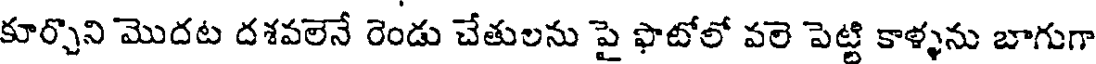
కూర్చొని మొదట దశవలెనే రెండు చేతులను పై ఫొటోలో వలె పెట్టి కాళ్ళను బాగుగా